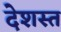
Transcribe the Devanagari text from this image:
देशस्त